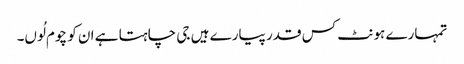
تمہارے ہونٹ کس قدر پیارے ہیں جی چاہتا ہے ان کو چوم لُوں۔